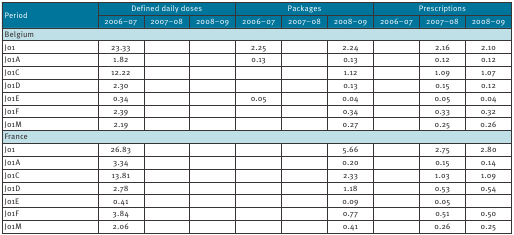
<table><thead><tr><td rowspan="2"><b>Period</b></td><td colspan="3"><b>Defined daily doses</b></td><td colspan="3"><b>Packages</b></td><td colspan="3"><b>Prescriptions</b></td></tr><tr><td><b>2006–07</b></td><td><b>2007–08</b></td><td><b>2008–09</b></td><td><b>2006–07</b></td><td><b>2007–08</b></td><td><b>2008–09</b></td><td><b>2006–07</b></td><td><b>2007–08</b></td><td><b>2008–09</b></td></tr></thead><tbody><tr><td colspan="10"><b>Belgium</b></td></tr><tr><td>J01</td><td>23.33</td><td>[EMPTY_CELL]</td><td>[EMPTY_CELL]</td><td>2.25</td><td>[EMPTY_CELL]</td><td>2.24</td><td>[EMPTY_CELL]</td><td>2.16</td><td>2.10</td></tr><tr><td>J01A</td><td>1.82</td><td>[EMPTY_CELL]</td><td>[EMPTY_CELL]</td><td>0.13</td><td>[EMPTY_CELL]</td><td>0.13</td><td>[EMPTY_CELL]</td><td>0.12</td><td>0.12</td></tr><tr><td>J01C</td><td>12.22</td><td>[EMPTY_CELL]</td><td>[EMPTY_CELL]</td><td>[EMPTY_CELL]</td><td>[EMPTY_CELL]</td><td>1.12</td><td>[EMPTY_CELL]</td><td>1.09</td><td>1.07</td></tr><tr><td>J01D</td><td>2.30</td><td>[EMPTY_CELL]</td><td>[EMPTY_CELL]</td><td>[EMPTY_CELL]</td><td>[EMPTY_CELL]</td><td>0.13</td><td>[EMPTY_CELL]</td><td>0.15</td><td>0.12</td></tr><tr><td>J01E</td><td>0.34</td><td>[EMPTY_CELL]</td><td>[EMPTY_CELL]</td><td>0.05</td><td>[EMPTY_CELL]</td><td>0.04</td><td>[EMPTY_CELL]</td><td>0.05</td><td>0.04</td></tr><tr><td>J01F</td><td>2.39</td><td>[EMPTY_CELL]</td><td>[EMPTY_CELL]</td><td>[EMPTY_CELL]</td><td>[EMPTY_CELL]</td><td>0.34</td><td>[EMPTY_CELL]</td><td>0.33</td><td>0.32</td></tr><tr><td>J01M</td><td>2.19</td><td>[EMPTY_CELL]</td><td>[EMPTY_CELL]</td><td>[EMPTY_CELL]</td><td>[EMPTY_CELL]</td><td>0.27</td><td>[EMPTY_CELL]</td><td>0.25</td><td>0.26</td></tr><tr><td colspan="10"><b>France</b></td></tr><tr><td>J01</td><td>26.83</td><td>[EMPTY_CELL]</td><td>[EMPTY_CELL]</td><td>[EMPTY_CELL]</td><td>[EMPTY_CELL]</td><td>5.66</td><td>[EMPTY_CELL]</td><td>2.75</td><td>2.80</td></tr><tr><td>J01A</td><td>3.34</td><td>[EMPTY_CELL]</td><td>[EMPTY_CELL]</td><td>[EMPTY_CELL]</td><td>[EMPTY_CELL]</td><td>0.20</td><td>[EMPTY_CELL]</td><td>0.15</td><td>0.14</td></tr><tr><td>J01C</td><td>13.81</td><td>[EMPTY_CELL]</td><td>[EMPTY_CELL]</td><td>[EMPTY_CELL]</td><td>[EMPTY_CELL]</td><td>2.33</td><td>[EMPTY_CELL]</td><td>1.03</td><td>1.09</td></tr><tr><td>J01D</td><td>2.78</td><td>[EMPTY_CELL]</td><td>[EMPTY_CELL]</td><td>[EMPTY_CELL]</td><td>[EMPTY_CELL]</td><td>1.18</td><td>[EMPTY_CELL]</td><td>0.53</td><td>0.54</td></tr><tr><td>J01E</td><td>0.41</td><td>[EMPTY_CELL]</td><td>[EMPTY_CELL]</td><td>[EMPTY_CELL]</td><td>[EMPTY_CELL]</td><td>0.09</td><td>[EMPTY_CELL]</td><td>0.05</td><td>[EMPTY_CELL]</td></tr><tr><td>J01F</td><td>3.84</td><td>[EMPTY_CELL]</td><td>[EMPTY_CELL]</td><td>[EMPTY_CELL]</td><td>[EMPTY_CELL]</td><td>0.77</td><td>[EMPTY_CELL]</td><td>0.51</td><td>0.50</td></tr><tr><td>J01M</td><td>2.06</td><td>[EMPTY_CELL]</td><td>[EMPTY_CELL]</td><td>[EMPTY_CELL]</td><td>[EMPTY_CELL]</td><td>0.41</td><td>[EMPTY_CELL]</td><td>0.26</td><td>0.25</td></tr></tbody></table>